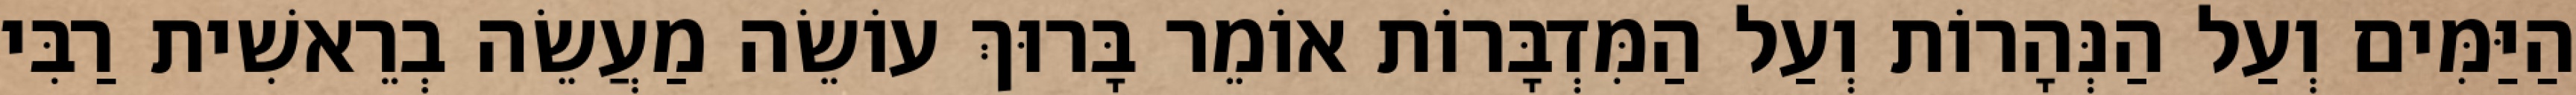
הַיַּמִּים וְעַל הַנְּהָרוֹת וְעַל הַמִּדְבָּרוֹת אוֹמֵר בָּרוּךְ עוֹשֵׂה מַעֲשֵׂה בְרֵאשִׁית רַבִּי